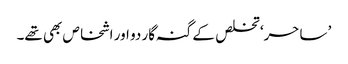
’ ساحر‘ تخلص کے گنہ گار دو اور اشخاص بھی تھے۔